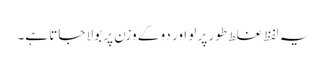
یہ لفظ غلط طور پر لو اور دو کے وزن پر بولا جاتا ہے۔